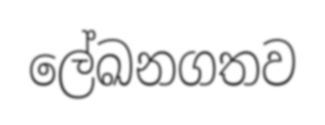
ලේඛනගතව